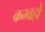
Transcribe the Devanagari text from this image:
कम्वहो